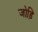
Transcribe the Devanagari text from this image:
जोड़ि